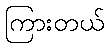
ကြားတယ်